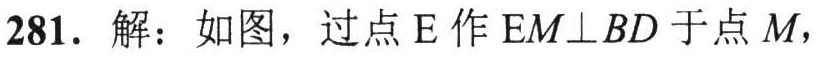
281. 解：如图，过点E作 \(EM\perp BD\) 于点M，